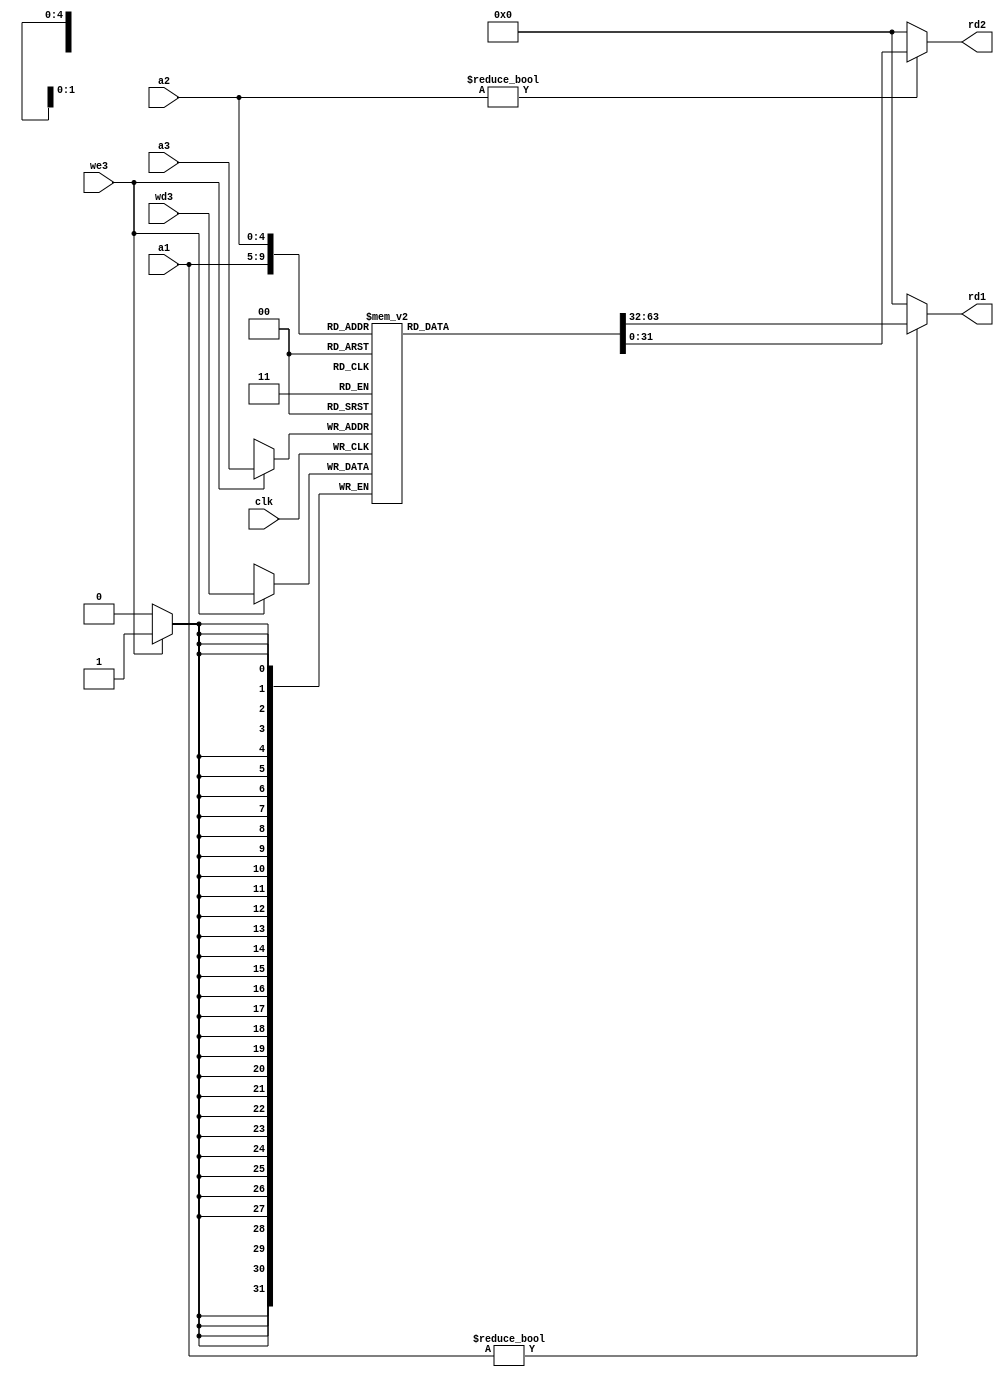
module regfile (
	input  clk,
	input  we3,
	input  [4:0] a1, a2, a3,
	input  [31:0] wd3,
	output  [31:0] rd1, rd2
);

	reg [31:0] rf [0:31]; // 32 registers

	// Three-ported register file
	// Read two ports combinationaly (A1/RD1, A2/RD2)
	// Write third port on rising edge of clock (A3/WD3/WE3)
	// Register 0 hardwired to 0
	always @(posedge clk) begin
		if (we3)
			rf[a3] <= wd3;
	end

	assign rd1 = (a1 != 0) ? rf[a1] : 32'h0;
	assign rd2 = (a2 != 0) ? rf[a2] : 32'h0;

endmodule